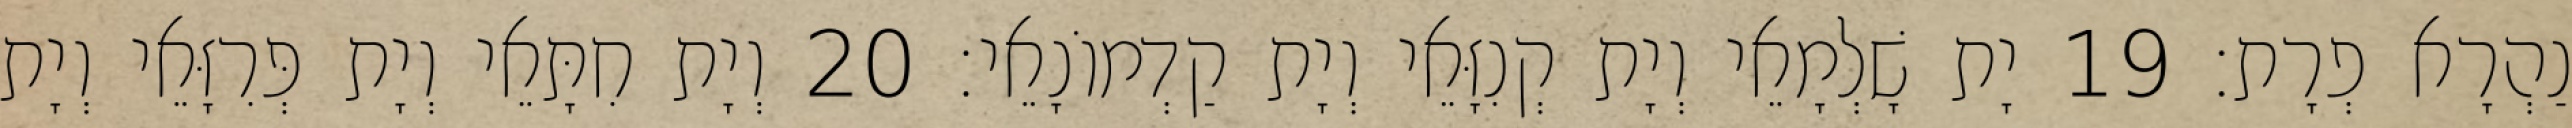
נַהְרָא פְרָת׃ 19 יָת שָׁלְמָאֵי וְיָת קְנִזָּאֵי וְיָת קַדְמוֹנָאֵי׃ 20 וְיָת חִתָּאֵי וְיָת פְּרִזָּאֵי וְיָת